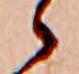
ゝ